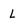
Character: L